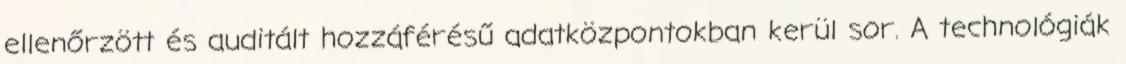
ellenőrzött és auditált hozzáférésű adatközpontokban kerül sor. A technológiák